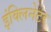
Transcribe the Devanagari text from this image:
इंक्लिनेटर